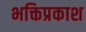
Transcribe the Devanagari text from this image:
भक्तिप्रकाश